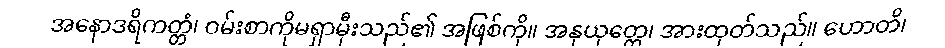
အနောဒရိကတ္တံ၊ ဝမ်းစာကိုမရှာမှီးသည်၏ အဖြစ်ကို။ အနုယုတ္တေ၊ အားထုတ်သည်။ ဟောတိ၊